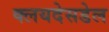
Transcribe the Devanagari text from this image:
क्लयदेसडेल